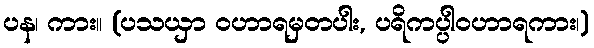
ပန၊ ကား။ (ပသယှာ ဝဟာရမှတပါး, ပရိကပ္ပါဝဟာရကား၊)